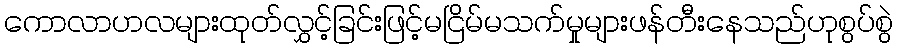
ကောလာဟလများထုတ်လွှင့်ခြင်းဖြင့်မငြိမ်မသက်မှုများဖန်တီးနေသည်ဟုစွပ်စွဲ